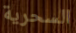
السحرية